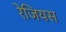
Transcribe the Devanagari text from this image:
रेजियस